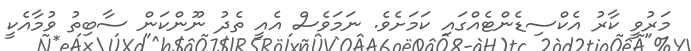
މަރުވީ ކާރު އެކްސިޑެންޓެއްގައި ކަމަށެވެ. ނަމަވެސް އެއީ ތެދު ނޫންކަން ސާބިތު ވުމާއެކީ